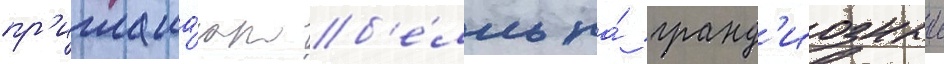
пр'иглаша́ют б'е́лль на́ гранд'иозныи